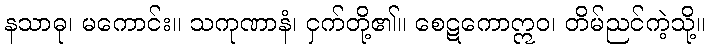
နသာဓု၊ မကောင်း။ သကုဏာနံ၊ ငှက်တို့၏။ စေဋကောဣဝ၊ တိမ်ညင်ကဲ့သို့။